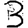
Digit: 3